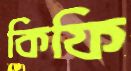
কিফি